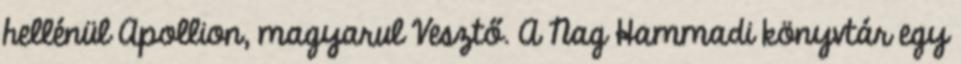
hellénül Apollion, magyarul Vesztő. A Nag Hammadi könyvtár egy